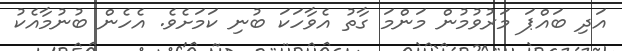
އަދި ބައްޕަ މަރުވުމުން މަންމަ ގާތު އެވާހަކަ ބުނި ކަމަށެވެ. އެހެން ބުނުމާއެކު